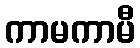
ကာမကာမီ